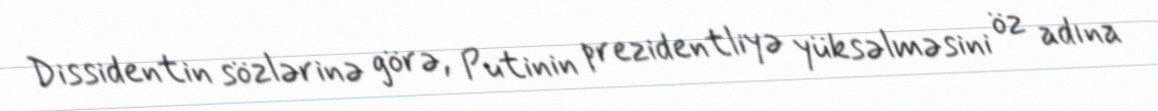
Dissidentin sözlərinə görə, Putinin prezidentliyə yüksəlməsini öz adına